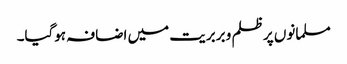
مسلمانوں پر ظلم و بربریت میں اضافہ ہوگیا۔